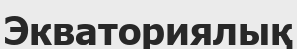
Экваториялық